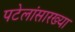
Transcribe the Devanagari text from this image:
पटेलांसारख्या